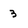
Character: 3